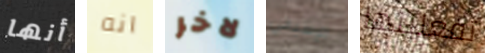
أنها انه لاخر الإسباني تفعلينها